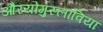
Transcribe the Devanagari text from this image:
औरयोगुस्लाविया